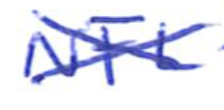
Text: NFL
Cross-out: cross
Writing tool: ballpoint